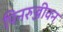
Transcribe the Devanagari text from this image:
पिनरुज्जीवन